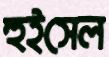
হুইসেল